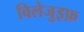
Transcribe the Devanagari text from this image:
विलेजुइफ़